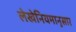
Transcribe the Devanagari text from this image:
लेखेनियमानुसार